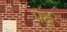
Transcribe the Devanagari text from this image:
पर्दु